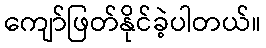
ကျော်ဖြတ်နိုင်ခဲ့ပါတယ်။